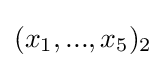
(x_{1},...,x_{5})_{2}